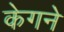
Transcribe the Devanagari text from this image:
केगने